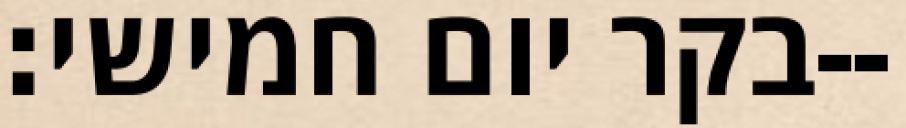
בקר יום חמישי׃--